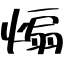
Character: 煽